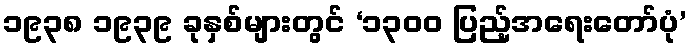
၁၉၃၈ ၁၉၃၉ ခုနှစ်များတွင် ‘၁၃၀၀ ပြည့်အရေးတော်ပုံ’